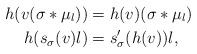
\begin{align*}h(v(\sigma* \mu_l)) &= h(v)(\sigma* \mu_l)\\h(s_\sigma(v)l) &= s'_\sigma(h(v))l,\end{align*}